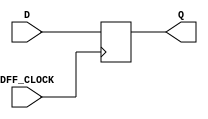
`timescale 1ns / 1ps
//////////////////////////////////////////////////////////////////////////////////
// Company: 
// Engineer: 
// 
// Design Name: 
// Module Name: my_dff
// Project Name: 
// Target Devices: 
// Tool Versions: 
// Description: 
// 
// Dependencies: 
// 
// Revision:
// Revision 0.01 - File Created
// Additional Comments:
// 
//////////////////////////////////////////////////////////////////////////////////



module my_dff(
   input DFF_CLOCK, D,
    output reg Q = 0
    );
    
    always @ (posedge DFF_CLOCK) begin
        Q <= D;
    end
    
endmodule